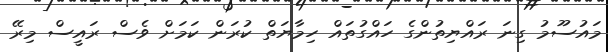
މައުސޫމު ގިނަ ރައްޔިތުންގެ ހައްގުތައް ހިމާޔަތް ކުރަން ކަމަށް ވެސް ރައީސް މިރޭ